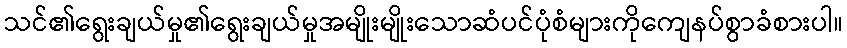
သင်၏ရွေးချယ်မှု၏ရွေးချယ်မှုအမျိုးမျိုးသောဆံပင်ပုံစံများကိုကျေနပ်စွာခံစားပါ။